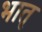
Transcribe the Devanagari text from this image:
भातृ